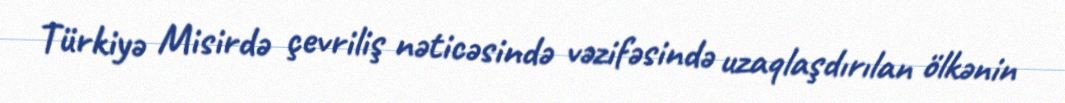
Türkiyə Misirdə çevriliş nəticəsində vəzifəsində uzaqlaşdırılan ölkənin